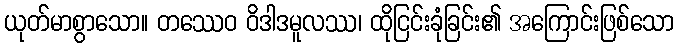
ယုတ်မာစွာသော။ တဿေဝ ဝိဒါဒမူလဿ၊ ထိုငြင်းခုံခြင်း၏ အကြောင်းဖြစ်သော